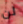
لن